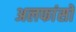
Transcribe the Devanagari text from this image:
अलफांसों